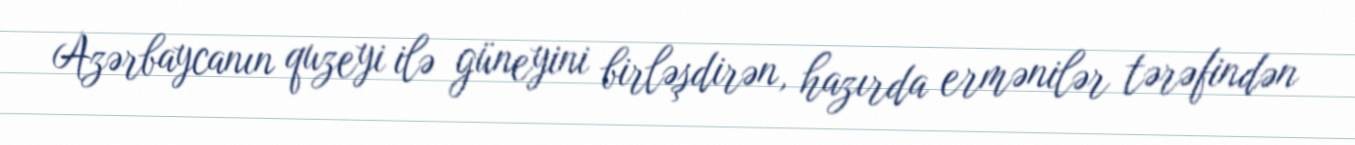
Azərbaycanın quzeyi ilə güneyini birləşdirən, hazırda ermənilər tərəfindən